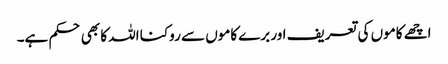
اچھے کاموں کی تعریف اور برے کاموں سے روکنا اللہ کا بھی حکم ہے۔